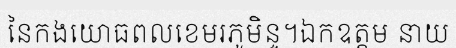
នៃកងយោធពលខេមរភូមិន្ទ។ឯកឧត្តម នាយ